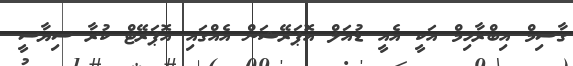
ގާސިމް އިބްރާހިމް އަކީ އެއީ ޑުއަލް އޮޕަރޭޝަން އެއްގައި އޮޕަރޭޓް ކުރާ ސިޔާސީ